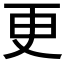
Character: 更